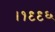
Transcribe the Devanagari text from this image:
।१९९६